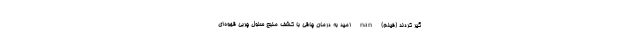
گیر کردند (فیلم) nan امید به درمان چاقی با کشف منبع سلول چربی قهوه‌ای